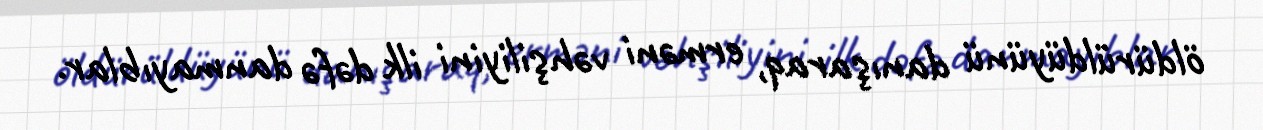
öldürüldüyünü danışaraq, erməni vəhşiliyini ilk dəfə danmayıblar.